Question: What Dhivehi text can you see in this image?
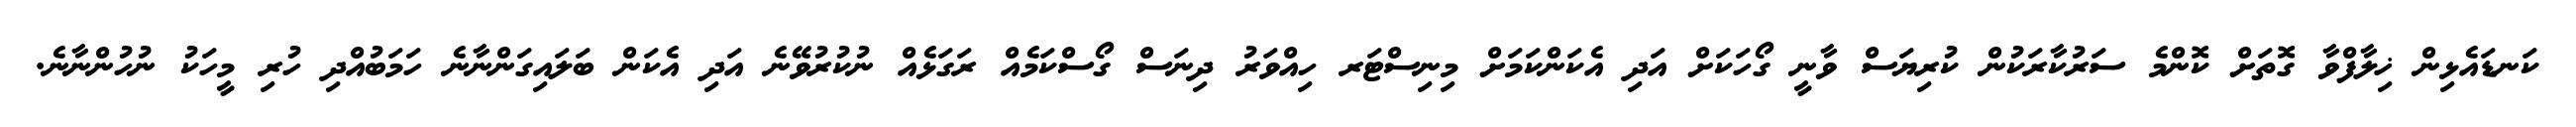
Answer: ކަނޑައެޅިން ޚިލާފްވާ ގޮތަށް ކޮންމެ ސަރުކާރަކުން ކުރިޔަސް ވާނީ ގޯހަކަށް އަދި އެކަންކަމަށް މިނިސްޓަރ ހިއްވަރު ދިނަސް ގޯސްކަމެއް ރަގަޅެއް ނުކުރުވޭނެ އަދި އެކަން ބަލައިގަންނާނެ ހަމަބުއްދި ހުރި މީހަކު ނުހުންނާނެ.